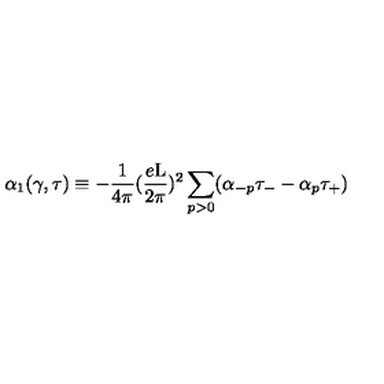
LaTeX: { \alpha } _ { 1 } ( \gamma , \tau ) \equiv - \frac { 1 } { 4 \pi } ( \frac { e \mathrm { L } } { 2 \pi } ) ^ { 2 } \sum _ { p > 0 } ( { \alpha } _ { - p } { \tau } _ { - } - { \alpha } _ { p } { \tau } _ { + } )